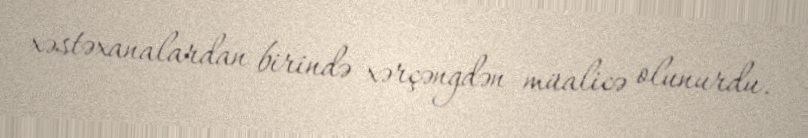
xəstəxanalardan birində xərçəngdən müalicə olunurdu.